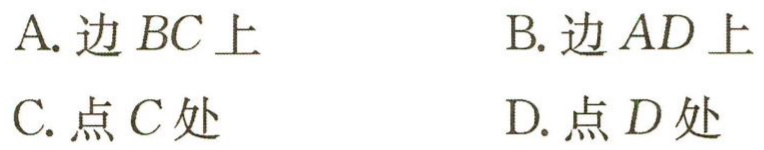
A. 边 \(BC\) 上
B. 边 \(AD\) 上
C. 点 \(C\) 处
D. 点 \(D\) 处